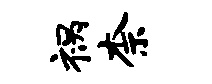
祸柰